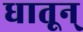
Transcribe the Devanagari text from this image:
धातून्